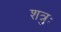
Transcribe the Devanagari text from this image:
शत्रुः